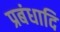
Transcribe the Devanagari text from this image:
प्रबंधादि